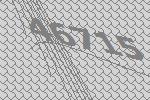
46715